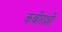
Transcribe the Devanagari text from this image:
कबीरांशी